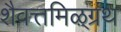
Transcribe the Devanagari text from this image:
शैवत्तमिऴ्‌ग्रंथ